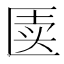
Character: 𰅥